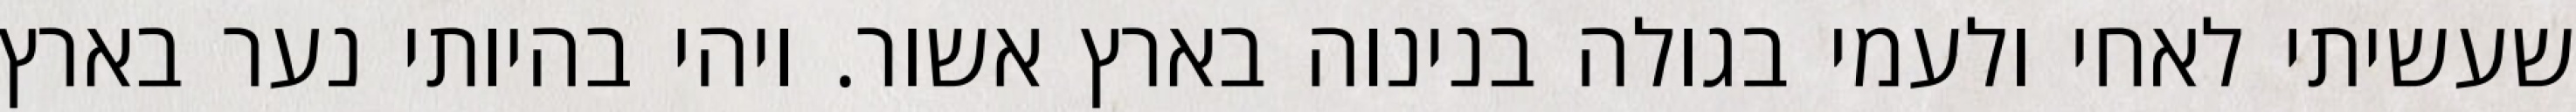
שעשיתי לאחי ולעמי בגולה בנינוה בארץ אשור. ויהי בהיותי נער בארץ